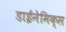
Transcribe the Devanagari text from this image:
डाईनेमिक्स